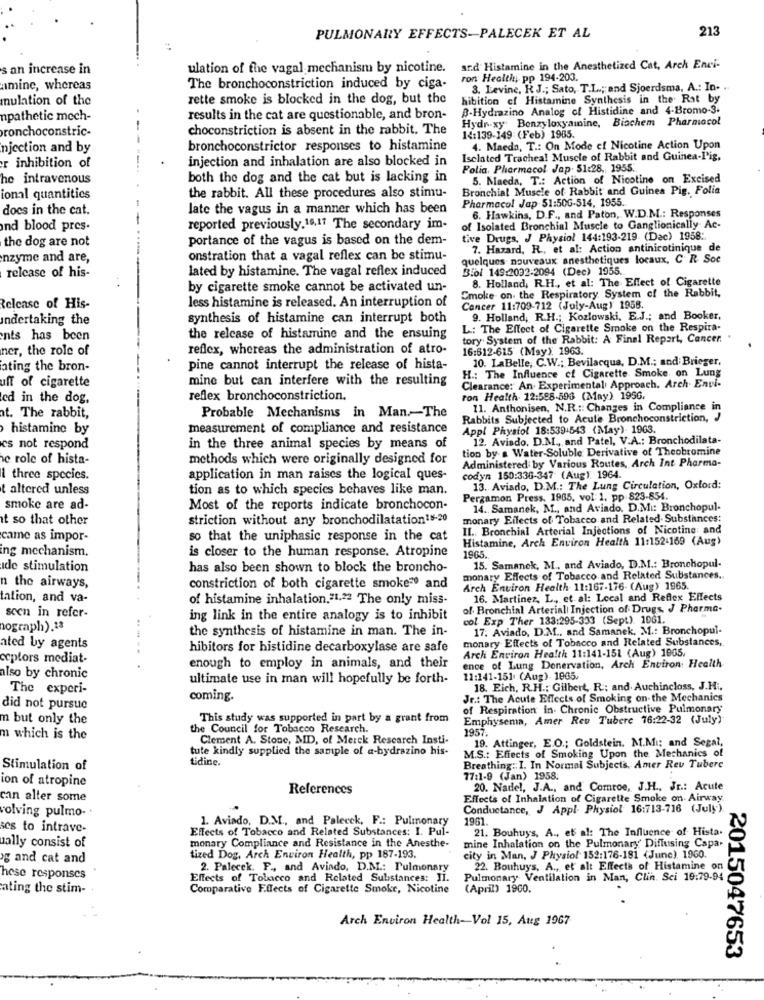
213
PULMONARY EFFECTS-PALECEK ET AL
s an increase in
ulation of the vagal mechanism by nicotine.
ard Histamine in the Anesthetized Cat, Arch Enci-
ron Health, pp 194-203.
amine, whereas
The bronchoconstriction induced by ciga-
3. Levine, K J .; Sato, T.L .; and Sjoerdsma, A .: In. ..
mulation of the
rette smoke is blocked in the dog, but the
hibition cf Histamine Synthesis in the Rat by
B-Hydrazino Analog of Histidine and 4-Bromo-3.
npathetic mech-
results in the cat are questionable, and bron-
Hydroxy Benzyloxyamine, Biachem Pharmacol
ronchoconstric-
choconstriction is absent in the rabbit. The
14:139-149 (Feb) 1985.
njection and by
bronchoconstrictor responses to histamine
4. Maeda, T .: On Mode cf Nicotine Action Upon
injection and inhalation are also blocked in
Iselated Trachea! Muscle of Rabbit and Guinea-Iig.
er inhibition of
Folia, Pharmacol Jap. 51:28 ,, 1955.
he intravenous
both the dog and the cat but is lacking in
5. Maeda, T .: Action of Nicotine on Excised
Bronchial Muscle of Rabbit and Guinea Pig. Folia
ional quantities
the rabbit. All these procedures also stimu-
docs in the cat.
late the vagus in a manner which has been
Pharmacol Jap 51:50G-514, 1955.
6. Hawkins, D.F ., and Paton, W.D.M .: Responses
and blood pres.
reported previously.19,11 The secondary im-
of Isolated Bronchial Muscle to Ganglionically Ac-
the dog are not
portance of the vagus is based on the dem-
tive Drugs, J Physiol 144:193-219 (Dac) 1958 :.
7. Hazard, R ., et al: Action antinicotinique de
nzyme and are,
onstration that a vagal reflex can be stimu-
quelques nouveaux anesthetiques locaux, C. R. Soc
lated by histamine. The vagal reflex induced
3.ol 149:2032-2094 (Dec) 1955.
release of his-
8. Holland, R.H ., et al: The Effect of Cigarette
by cigarette smoke cannot be activated un-
Smoke on the Respiratory System of the Rabbit,
less histamine is released. An interruption of
Release of His-
Cancer 11:709-712 (July-Aug) 1958.
Indertaking the
synthesis of histamine can interrupt both
9. Holland, R.H .; Kozlowski, E.J .; and Booker,
L: The Effect of Cigarette Smoke on the Respira-
nts has been
the release of histamine and the ensuing
tory. System of the Rabbit: A Final Report, Cancer.
ner, the role of
reflex, whereas the administration of atro-
16:512-615 (May). 1963.
10. LaBelle, C.W .; Bevilacqua, D.M .; and Brieger.
ating the bron-
pine cannot interrupt the release of hista-
mine but can interfere with the resulting
H .: The Influence of Cigarette Smoke on Lung
uff of cigarette
Clearance: An Experimental Approach. Arch. Envi-
ed in the dog,
reflex bronchoconstriction.
ton Health. 12:598.596 (May) 1956,
Probable Mechanisms in Man-The
11. Anthonisen, N.R .:: Changes in Compliance in
at. The rabbit,
Rabbits Subjected to Acute Bronchoconstriction, J
histamine by
measurement of compliance and resistance
Appl Physiol 18:539-543 (May)- 1963.
12. Aviado, D.M ., and Patel, V.A .: Bronchodilata-
cs not respond
in the three animal species by means of
tion by-a Water-Soluble Derivative of Theobromine
he role of hista-
methods which were originally designed for
Administered by Various Routes, Arch Int Pharma-
three species.
application in man raises the logical ques-
codyn 150:336-347 (Aug) 1964.
t altered unless
tion as to which species behaves like man.
13. Aviado, D.M .: The Lung Circulation, Oxford:
Pergamon Press, 1965, vol: 1, pp 823-854.
smoke are ad-
Most of the reports indicate bronchocon-
14. Samanek, M ., and Aviado. D.M .: Bronchopul-
it so that other
striction without any bronchodilatation18-20
monary Effects of Tobacco and Related Substances:
II. Bronchial Arterial Injections of Nicotine: and
came as impor-
so that the uniphasic response in the cat
Histamine, Arch Environ Health 11:152-169 (Aus)
ing mechanism.
is closer to the human response. Atropine
1965
ide stimulation
has also been shown to block the broncho-
15. Samanek, M ., and Aviado, D.M .: Bronchopul-
monary Effects of Tobacco and Related Substances ..
n the airways,
constriction of both cigarette smoke" and
Arch Environ Health 11:167-176- (Aug) 1965.
tation, and va-
of histamine inhalation.31.22 The only miss-
16. Martinez, L ., et al: Local and Reflex Effects
of. Bronchial Arterial| Injection of Drugs, J Pharma-
scen in refer-
ing link in the entire analogy is to inhibit
col Exp Ther 133:295-333 (Sept). 1061.
nograph).13
the synthesis of histamine in man. The in-
17. Aviado, D.M ., and Samanek, M .: Bronchopul-
monary Effects of Tobacco and Related Substances,
ated by agents
hibitors for histidine decarboxylase are safe
Arch Environ Health 11:141-151 (Aug) 1965.
ceptors mediat-
enough to employ in animals, and their
ence of Lung Denervation, Arch Environ Health
also by chronic
ultimate use in man will hopefully be forth-
11:141-151 (Aug) 1965.
The experi-
18. Eich, R.H .; Gilbert, R :; and. Auchincloss, J.H ..
coming.
Jr .: The Acute Effects of Smoking on the Mechanics
did not pursue
of Respiration in. Chronic Obstructive Pulmonary
m but only the
This study was supported in part by a grant from
Emphysema, Amer Rev Tubere 16:22-32 (July)
the Council for Tobacco Research.
1957
m which is the
Clement A. Stone, MID, of Merck Research Insti-
tute kindly supplied the sample of a-bydrazino his-
19. Attinger, E.O .; Goldstein. M.Mi; and Segal,
M.S .: Effects of Smoking Upon the Mechanics of
tidine.
Stimulation of
Breathing :: I. In Normal Subjects, Amer Rev Tubere
ion of atropine
77:1-9 (Jan) 1958:
References
20. Nadel, J.A ., and Comroe, J.H ., Jr .: Acute
can alter some
Effects of Inhalation of Cigarette Smoke on Airway.
Conductance, J Appl Physiol 16:713-716 (July)
solving pulmo-
1. Aviado, D.M ., and Palecek, F .: Pulmonary
1961.
ses to intrave-
Effects of Tobacco and Related Substances: I. Pul-
21. Bouhuys, A ., et al: The Influence of Hista.
monary Compliance and Resistance in the Anesthe-
ually consist of
mine Inhalation on the Pulmonary' Diffusing Capa.
og and cat and
tized Dog, Arch Environ Health, pp 187-193
city in Man, J Physiol 152:176-181 (June) 1960.
2. Palecek. F ., and Avindo, D.M .: Pulmonary
22. Bouhuys, A ., et alt Effects of Histamine on
hese responses
Effects of Tobacco and Related Substances: Ji.
Pulmonary Ventilation in Man, Clin. Sci 19:79-94
ating the stim -.
Comparative Effects of Cigarette Smoke, Nicotine (April) 1900.
Arch Environ Health-Vol 15, Aug 1967
2015047653